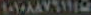
١٠١٠٨٨٧٦١١١٥